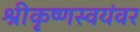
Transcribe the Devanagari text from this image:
श्रीकृष्णस्वयंवर